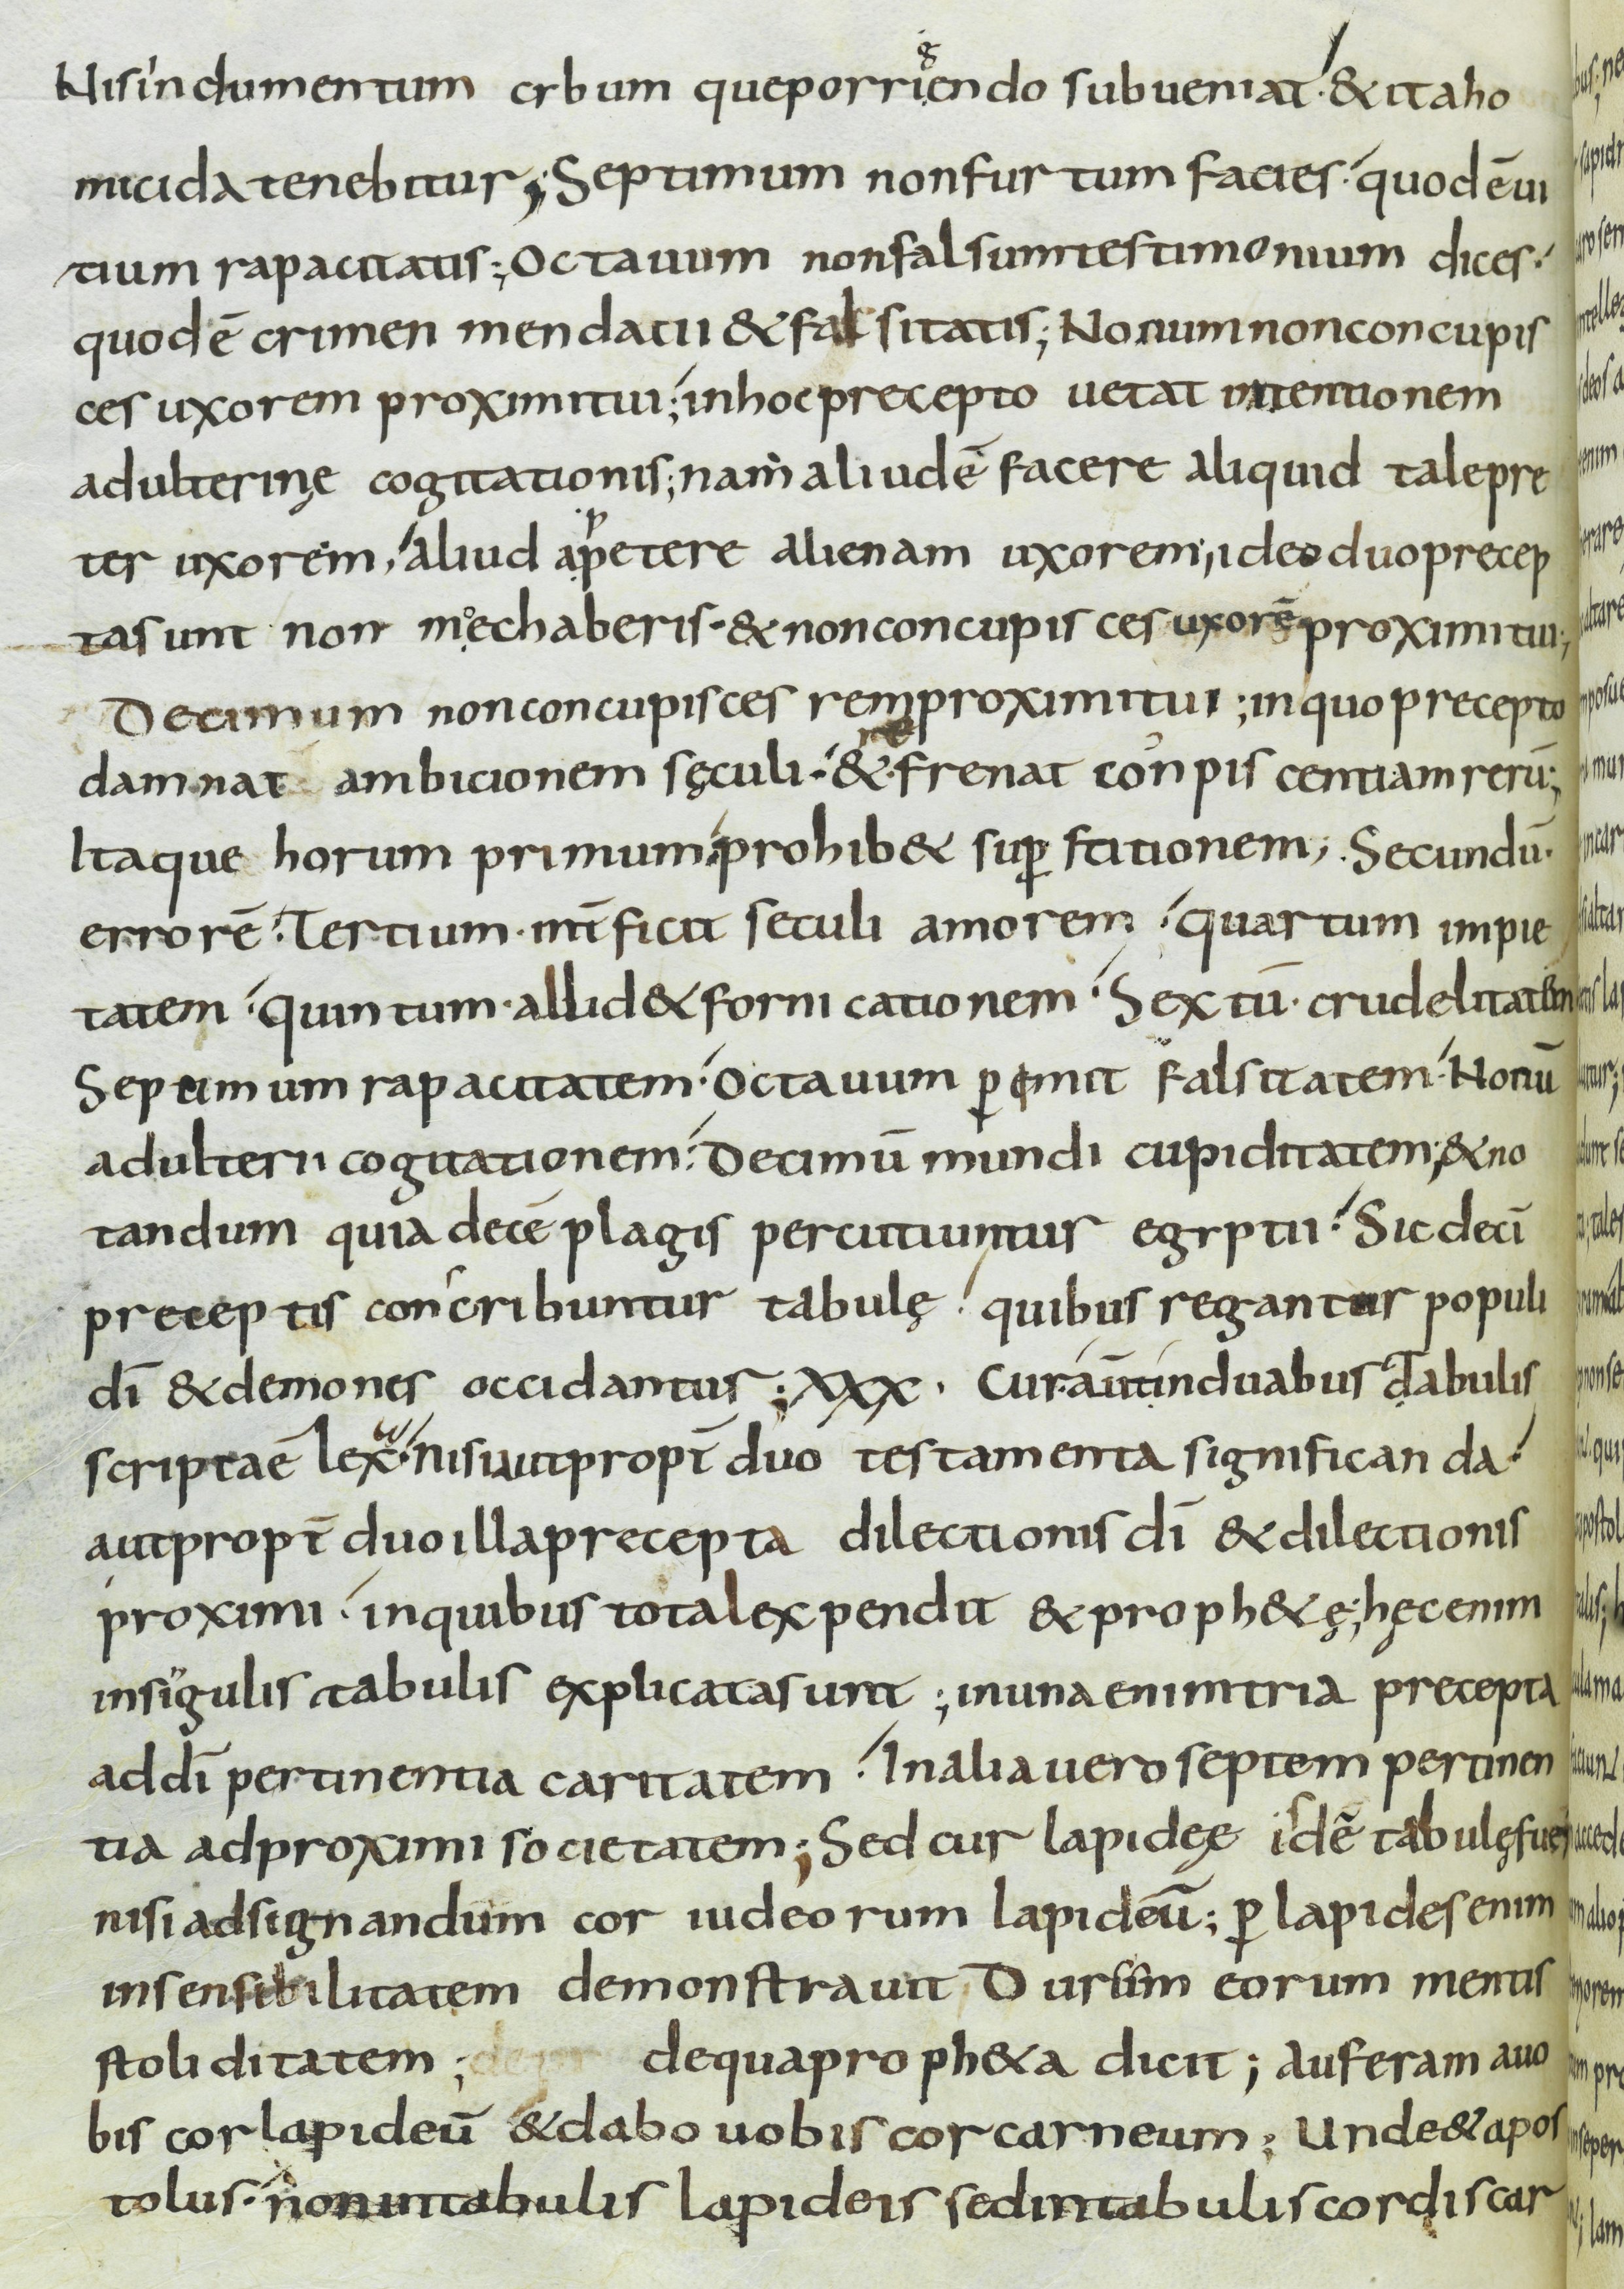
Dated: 800–899